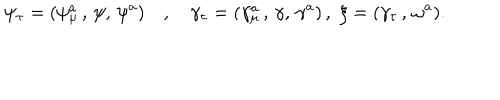
LaTeX: \psi _ { \tau } = ( \psi _ { \mu } ^ { a } \, , \, \psi , \, \psi ^ { a } ) \quad , \quad \gamma _ { \tau } = ( \gamma _ { \mu } ^ { a } \, , \, \gamma , \, \gamma ^ { a } ) \, , \, \, \xi = ( \gamma _ { \tau } \, , \, \omega ^ { a } ) .